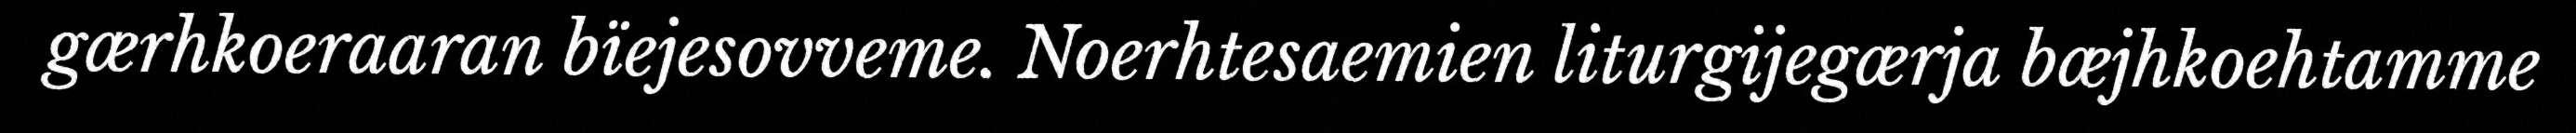
gærhkoeraaran bïejesovveme. Noerhtesaemien liturgijegærja bæjhkoehtamme